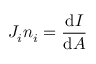
J _ { i } n _ { i } = { \frac { \mathrm { d } I } { \mathrm { d } A } } \,